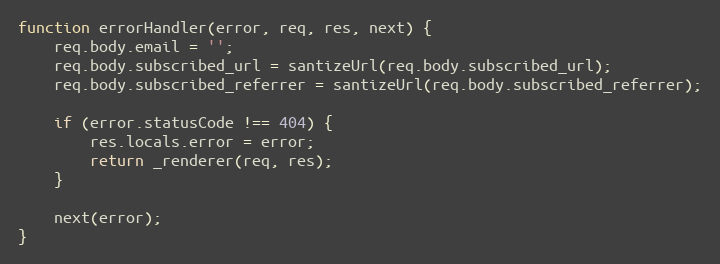
Language: JavaScript
function errorHandler(error, req, res, next) {
    req.body.email = '';
    req.body.subscribed_url = santizeUrl(req.body.subscribed_url);
    req.body.subscribed_referrer = santizeUrl(req.body.subscribed_referrer);

    if (error.statusCode !== 404) {
        res.locals.error = error;
        return _renderer(req, res);
    }

    next(error);
}